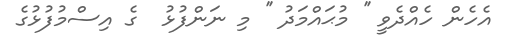
އެހެން ހެއްދެވީ '' މުޙައްމަދު '' މި ނަންފުޅު  ގެ އިސްމުފުޅުގެ